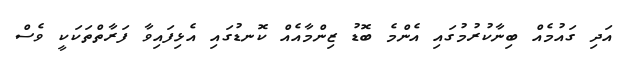
އަދި ގައުމެއް ބިނާކުރުމުގައި އެންމެ ބޮޑު ޒިންމާއެއް ކޮނޑުގައި އެޅިފައިވާ ފަރާތްތަކަކީ ވެސް